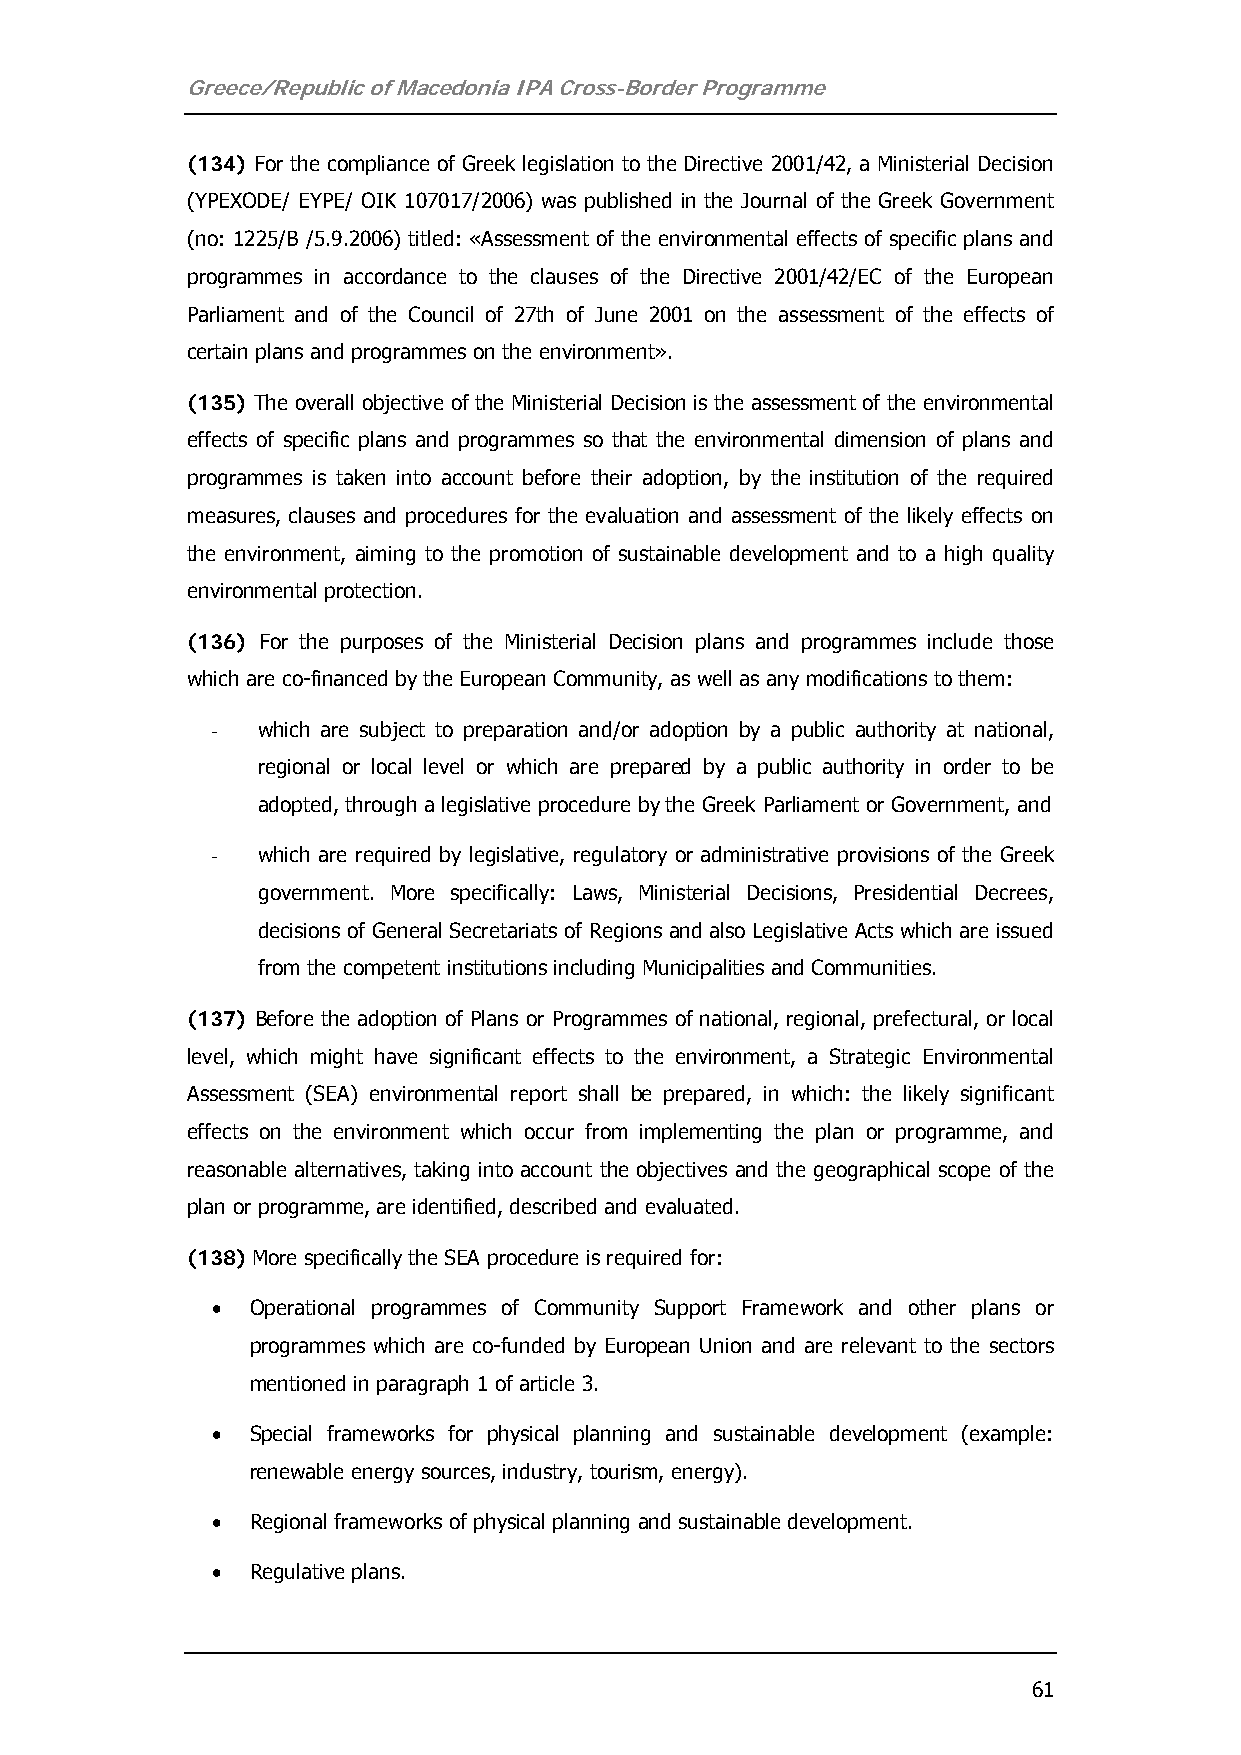
Greece/Republic of Macedonia IPA Cross-Border Programme
 (134) For the compliance of Greek legislation to the Directive 2001/42, a Ministerial Decision
 (YPEXODE/ EYPE/ OIK 107017/2006) was published in the Journal of the Greek Government
 (no: 1225/Β /5.9.2006) titled: «Assessment of the environmental effects of specific plans and
 programmes in accordance to the clauses of the Directive 2001/42/EC of the European
 Parliament and of the Council of 27th of June 2001 on the assessment of the effects of
 certain plans and programmes on the environment».
 (135) The overall objective of the Ministerial Decision is the assessment of the environmental
 effects of specific plans and programmes so that the environmental dimension of plans and
 programmes is taken into account before their adoption, by the institution of the required
 measures, clauses and procedures for the evaluation and assessment of the likely effects on
 the environment, aiming to the promotion of sustainable development and to a high quality
 environmental protection.
 (136) For the purposes of the Ministerial Decision plans and programmes include those
 which are co-financed by the European Community, as well as any modifications to them:
 -  which are subject to preparation and/or adoption by a public authority at national,
 regional or local level or which are prepared by a public authority in order to be
 adopted, through a legislative procedure by the Greek Parliament or Government, and
 -  which are required by legislative, regulatory or administrative provisions of the Greek
 government. More specifically: Laws, Ministerial Decisions, Presidential Decrees,
 decisions of General Secretariats of Regions and also Legislative Acts which are issued
 from the competent institutions including Municipalities and Communities.
 (137) Before the adoption of Plans or Programmes of national, regional, prefectural, or local
 level, which might have significant effects to the environment, a Strategic Environmental
 Assessment (SEA) environmental report shall be prepared, in which: the likely significant
 effects on the environment which occur from implementing the plan or programme, and
 reasonable alternatives, taking into account the objectives and the geographical scope of the
 plan or programme, are identified, described and evaluated.
 (138) More specifically the SEA procedure is required for:
 •  Operational programmes of Community Support Framework and other plans or
 programmes which are co-funded by European Union and are relevant to the sectors
 mentioned in paragraph 1 of article 3.
 •  Special frameworks for physical planning and sustainable development (example:
 renewable energy sources, industry, tourism, energy).
 •  Regional frameworks of physical planning and sustainable development.
 •  Regulative plans.
 61